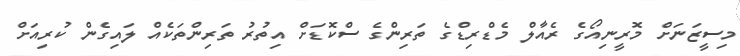
މިސީޒަނަށް މޮރީނިއޯގެ ރެއާލް މެޑްރިޑްގެ ތަރިންގެ ސްކޮޑަށް އިތުރު ތަރިންތަކެއް ލައިގެން ކުރިއަށް